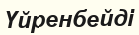
Үйренбейді